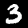
Label: 3